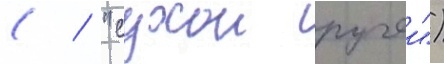
( / "сухои ручеи")